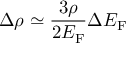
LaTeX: \Delta \rho \simeq { \frac { 3 \rho } { 2 E _ { \mathrm { F } } } } \Delta E _ { \mathrm { F } }